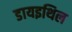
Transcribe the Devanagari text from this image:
डायइथिल